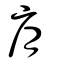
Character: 肩